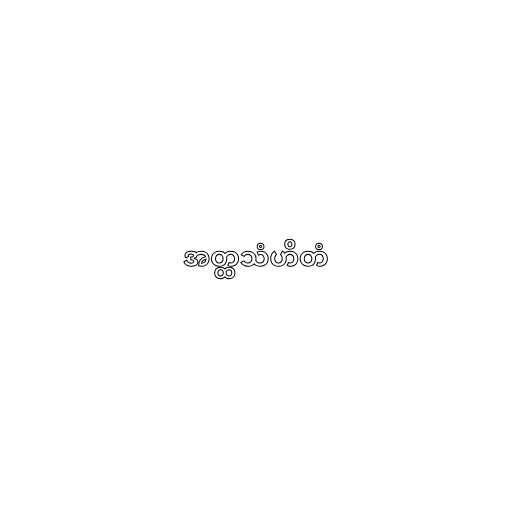
အတ္ထသံဟိတံ